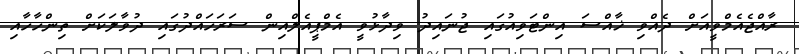
ރާއްޖެއެމްވީއަށް ދެއްވި ޚާއްސަ އިންޓަވިއުގައި ޖުނައިދު ވިދާޅުވީ އެމްޕީއެލްއިން ސަރަހައްދުގައި ދުވާލަކަށް ތިންހާހާއި